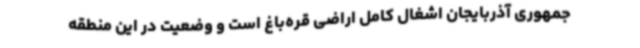
جمهوری آذربایجان اشغال کامل اراضی قره‌باغ است و وضعیت در این منطقه